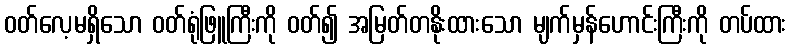
ဝတ်လေ့မရှိသော ဝတ်ရုံဖြူကြီးကို ဝတ်၍ အမြတ်တနိုးထားသော မျက်မှန်ဟောင်းကြီးကို တပ်ထား